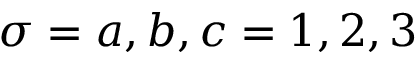
\sigma = a , b , c = 1 , 2 , 3